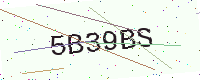
Text: 5B39BS